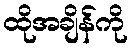
ထိုအချိန်ကို